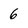
Character: 6